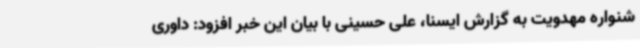
شنواره مهدویت به گزارش ایسنا، علی حسینی با بیان این خبر افزود: داوری